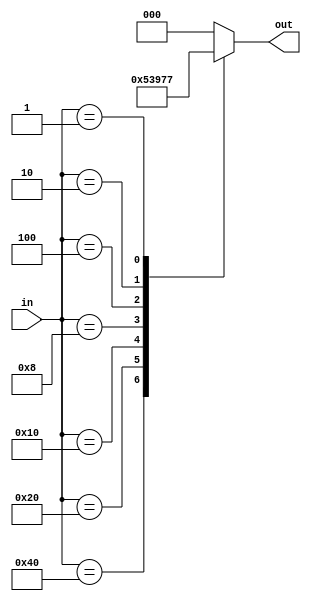
module priority_encoder (
    input [7:0] in,
    output reg [2:0] out
);

always @(*) begin
    case(in)
        8'b10000000: out = 3'b000;
        8'b01000000: out = 3'b001;
        8'b00100000: out = 3'b010;
        8'b00010000: out = 3'b011;
        8'b00001000: out = 3'b100;
        8'b00000100: out = 3'b101;
        8'b00000010: out = 3'b110;
        8'b00000001: out = 3'b111;
        default: out = 3'b000; // If no priority input is detected, output 000
    endcase
end

endmodule